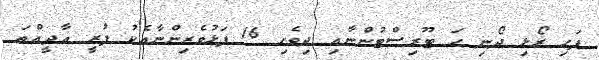
ފަހި ރޯޅި ދޯނި ހަ ޓޫރިސްޓުންނާއި ދިވެހި 16 ފަޅުވެރިންނާއެކު ފުރީ އާދީއްތަ